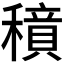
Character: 𱶤